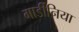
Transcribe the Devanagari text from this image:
गार्डीनिया